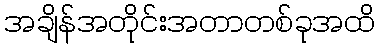
အချိန်အတိုင်းအတာတစ်ခုအထိ